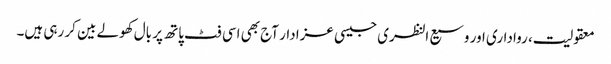
معقولیت، رواداری اور وسیع النظری جیسی عزا دار آج بھی اسی فٹ پاتھ پر بال کھولے بین کر رہی ہیں۔